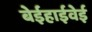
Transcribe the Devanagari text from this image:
बेईहाईवेई